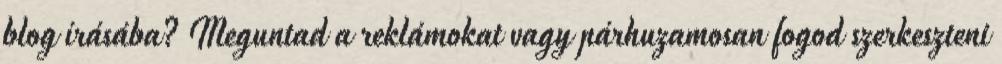
blog írásába? Meguntad a reklámokat vagy párhuzamosan fogod szerkeszteni